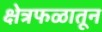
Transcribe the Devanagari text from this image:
क्षेत्रफळातून